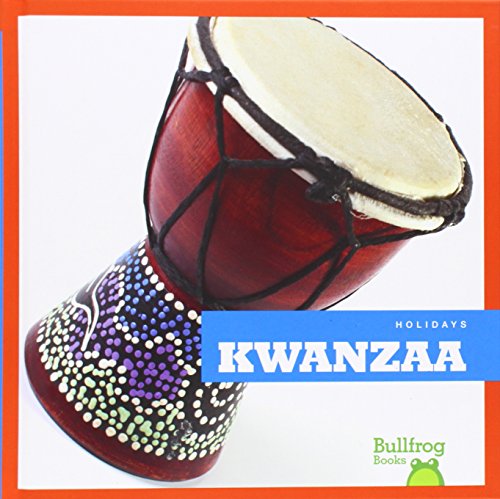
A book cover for Kwanzaa (Bullfrog Books: Holidays); Rebecca Pettiford; Children's Books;